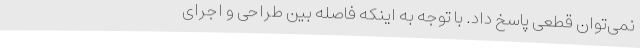
نمی‌توان قطعی پاسخ داد. با توجه به اینکه فاصله بین طراحی و اجرای